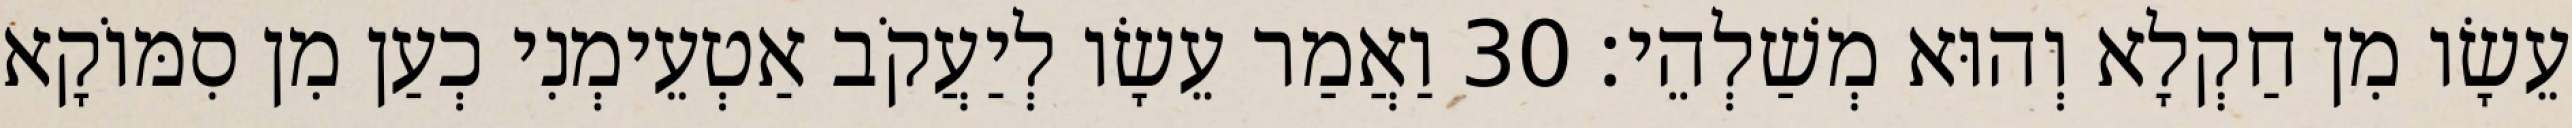
עֵשָׂו מִן חַקְלָא וְהוּא מְשַׁלְהֵי׃ 30 וַאֲמַר עֵשָׂו לְיַעֲקֹב אַטְעֵימְנִי כְעַן מִן סִמּוֹקָא